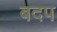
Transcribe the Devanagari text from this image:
बदप